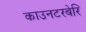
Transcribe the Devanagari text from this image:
काउनटरबेरि